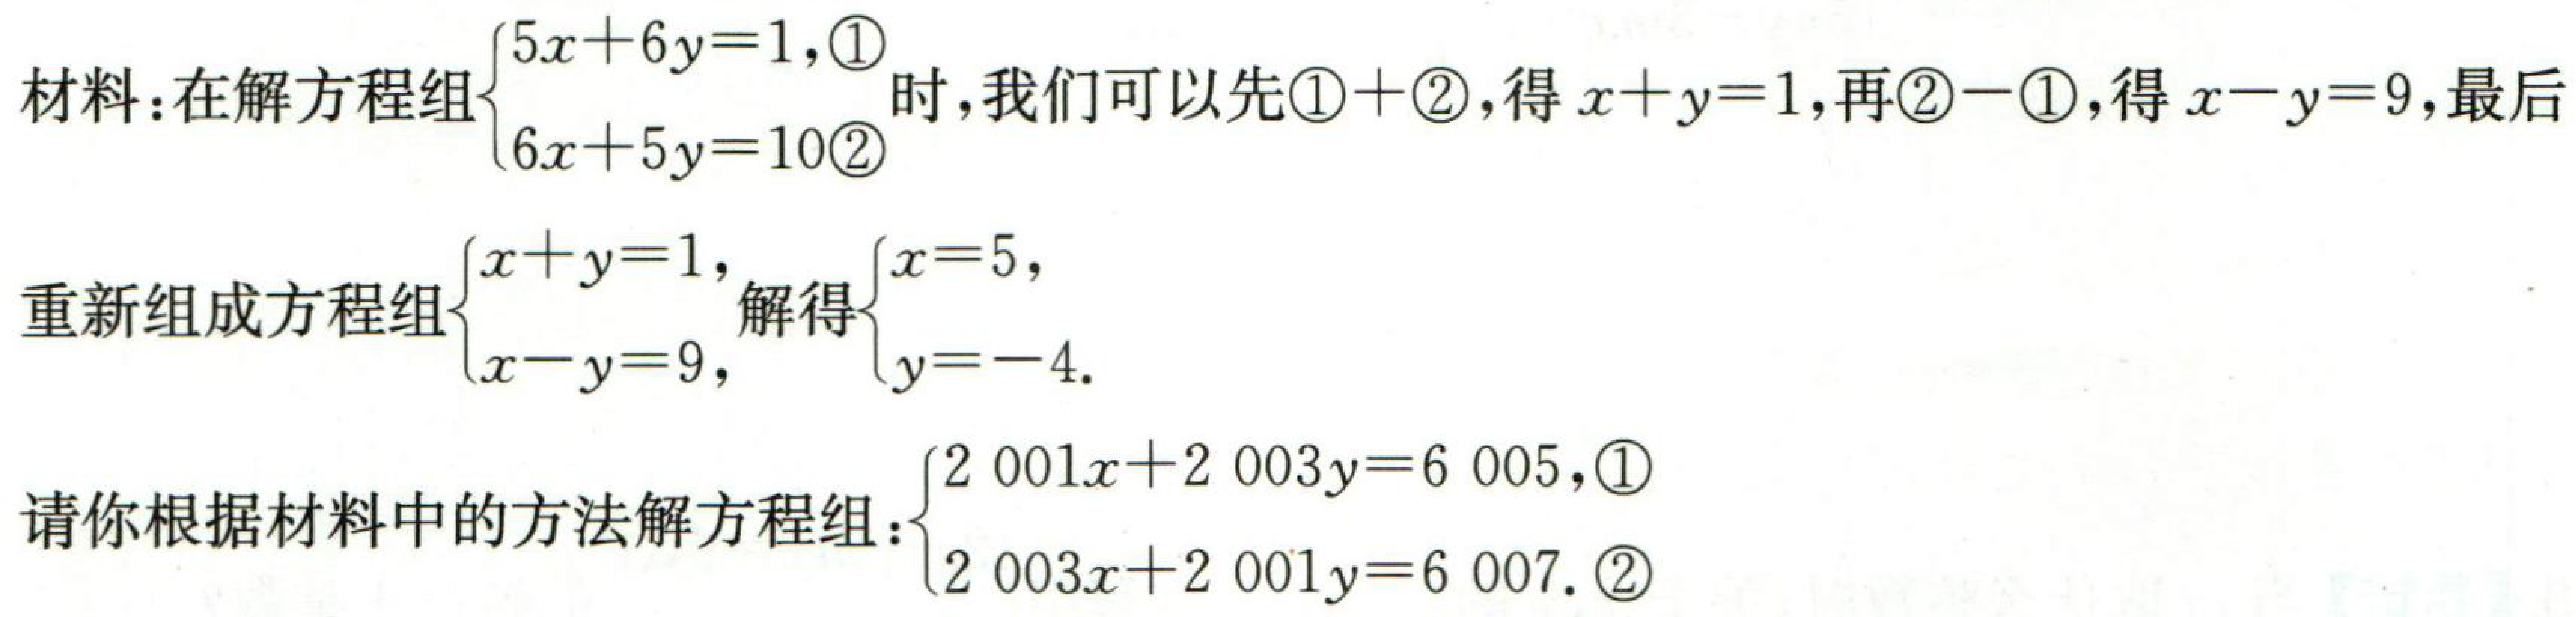
材料：在解方程组\(\begin{cases}5x + 6y = 1,\textcircled{1}\\6x + 5y = 10\textcircled{2}\end{cases}\)时，我们可以先\(\textcircled{1} + \textcircled{2}\)，得\(x + y = 1\)，再\(\textcircled{2} - \textcircled{1}\)，得\(x - y = 9\)，最后
重新组成方程组\(\begin{cases}x + y = 1,\\x - y = 9,\end{cases}\)解得\(\begin{cases}x = 5,\\y = - 4.\end{cases}\)
请你根据材料中的方法解方程组：\(\begin{cases}2001x + 2003y = 6005,\textcircled{1}\\2003x + 2001y = 6007.\textcircled{2}\end{cases}\)